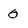
Character: 0